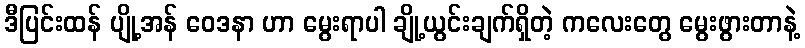
ဒီပြင်းထန် ပျို့အန် ဝေဒနာ ဟာ မွေးရာပါ ချို့ယွင်းချက်ရှိတဲ့ ကလေးတွေ မွေးဖွားတာနဲ့